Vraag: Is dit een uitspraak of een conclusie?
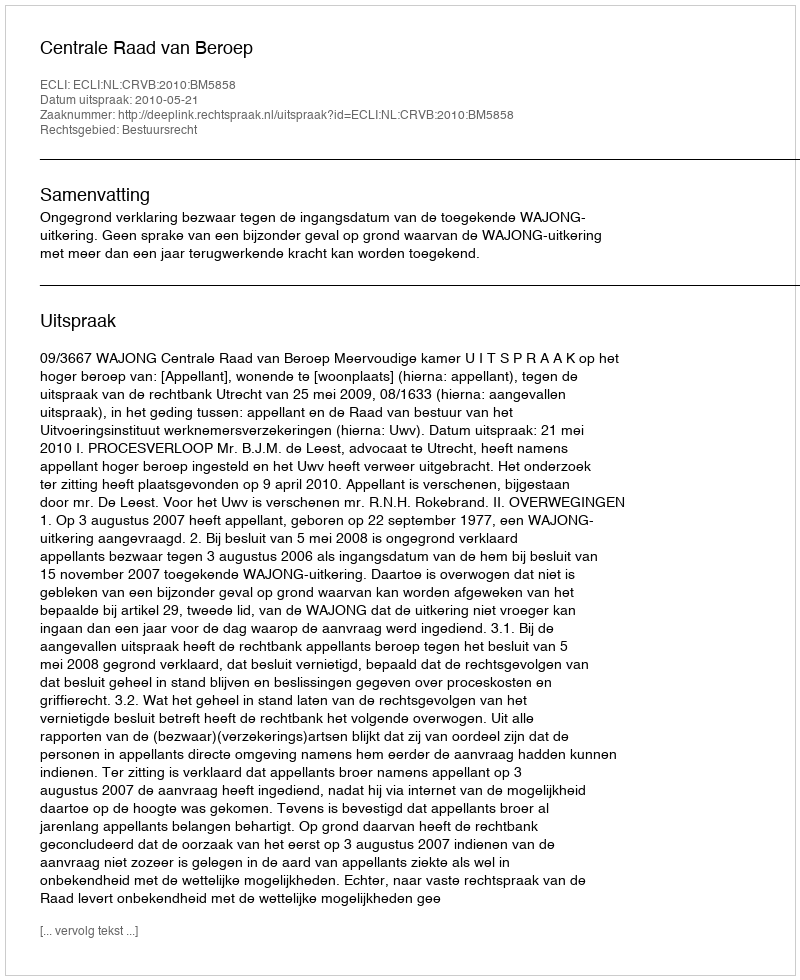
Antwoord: Uitspraak